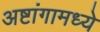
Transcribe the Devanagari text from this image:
अष्टांगामध्ये